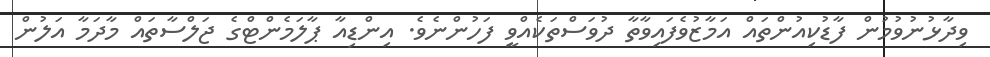
ވިދާޅުނުވުމުން ފާޑުކިއުންތައް އަމާޒުވެފައިވާތާ ދުވަސްތަކެއްވީ ފަހުންނެވެ. އިންޑިއާ ޕާލަމެންޓްގެ ޖަލްސާތައް މާދަމާ އަލުން